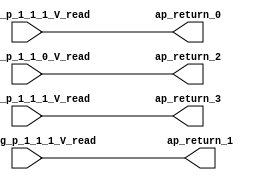
module sp_find_segment_stn1 (
        ph_seg_p_1_1_1_V_read,
        th_seg_p_1_1_0_V_read,
        th_seg_p_1_1_1_V_read,
        cpat_seg_p_1_1_1_V_read,
        ap_return_0,
        ap_return_1,
        ap_return_2,
        ap_return_3
);


input  [11:0] ph_seg_p_1_1_1_V_read;
input  [6:0] th_seg_p_1_1_0_V_read;
input  [6:0] th_seg_p_1_1_1_V_read;
input  [3:0] cpat_seg_p_1_1_1_V_read;
output  [11:0] ap_return_0;
output  [3:0] ap_return_1;
output  [6:0] ap_return_2;
output  [6:0] ap_return_3;

assign ap_return_0 = ph_seg_p_1_1_1_V_read;

assign ap_return_1 = cpat_seg_p_1_1_1_V_read;

assign ap_return_2 = th_seg_p_1_1_0_V_read;

assign ap_return_3 = th_seg_p_1_1_1_V_read;

endmodule